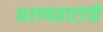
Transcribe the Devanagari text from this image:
अरण्यवाटांची